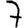
Digit: 7